V__Kingissepa_nim__kolhoos, lk 34
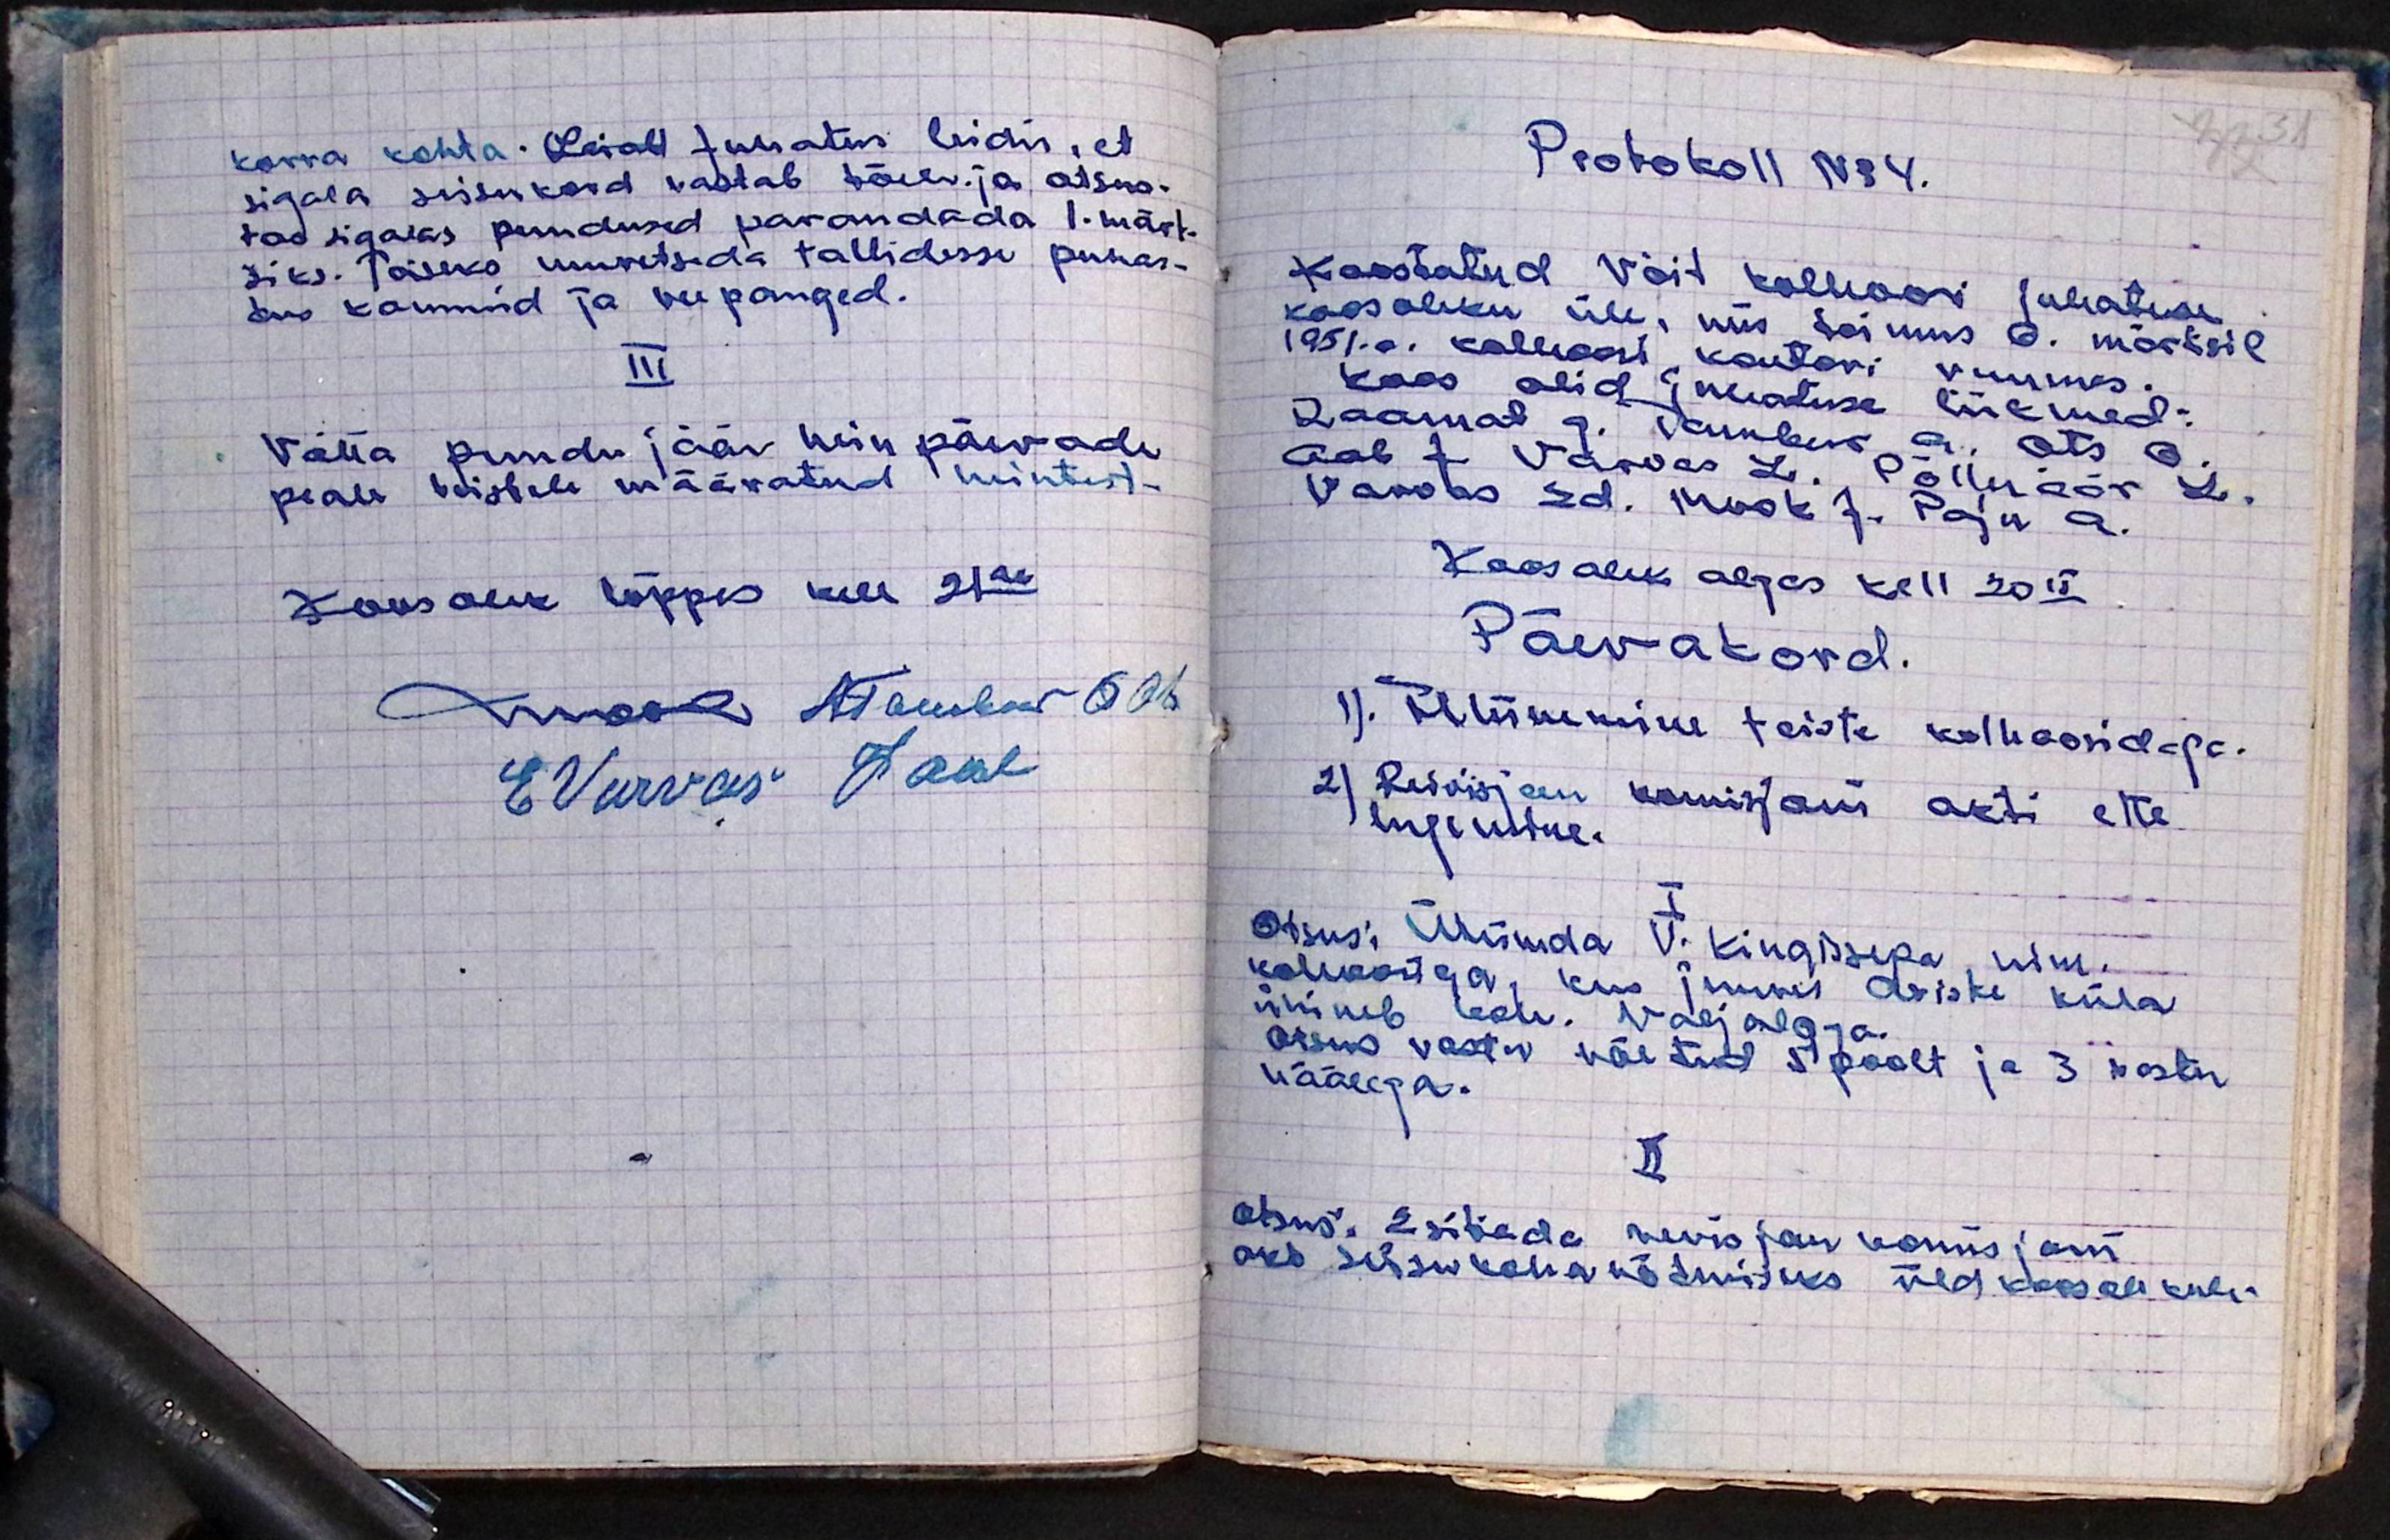
korra kohta. (Leiab) Juhatus leidis, et
sigala seisukord vastab tõele. ja otsus-
tas sigalas puudused parandada 1. märt-
siks. Teiseks muretseda tallidesse puhas-
tus kaussid ja veepanged.
III
Võtta puudu jääv hein päevade
peale teistele määratud heintest.
Koosolek lõppes kell 21.30
Mook ATambur O Ots
E.Varvas JAab

Protokoll No 4.
Koostatud Võit kolhoosi juhatuse
koosoleku üle, mis toimus 6. märtsil
1951.a. kolhoosi kontori ruumes.
Koos olid juhatuse liikmed:
Raamat G. Tambur A. Ots O.
Aab J. Varvas L. Põlluäär L.
Varvas Ed. Mook J. Palju A.
Koosolek algas kell 20.15
Päevakord.
1). Ühinemine teiste kolhoosidega.
2) Revisjon komisjoni akti ette
lugemine.
I
Otsus: Ühineda V. Kingissepa nim.
kolhoosiga, kus juures Ariste küla
ühineb kolh. Valjalaga
otsus vastu võetud 5 poolt ja 3 vastu
häälega.
II
Otsus: Esitada revisjon komisjoni
akt seisukoha võtmiseks üldkoosolekule.